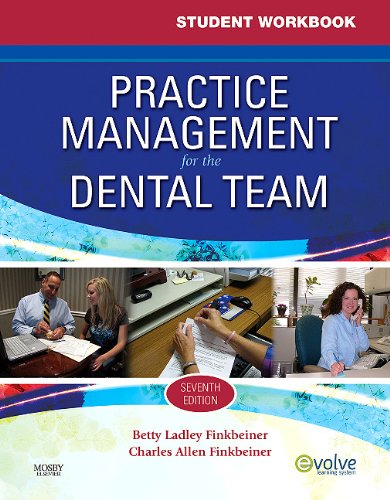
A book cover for Student Workbook for Practice Management for the Dental Team, 7e; Betty Ladley Finkbeiner CDA Emeritus  RDA  BS  MS; Medical Books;